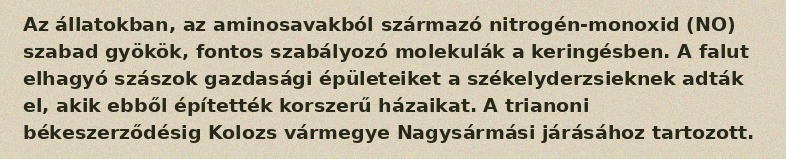
Az állatokban, az aminosavakból származó nitrogén-monoxid (NO) szabad gyökök, fontos szabályozó molekulák a keringésben. A falut elhagyó szászok gazdasági épületeiket a székelyderzsieknek adták el, akik ebből építették korszerű házaikat. A trianoni békeszerződésig Kolozs vármegye Nagysármási járásához tartozott.